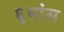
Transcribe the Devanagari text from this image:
६मांस